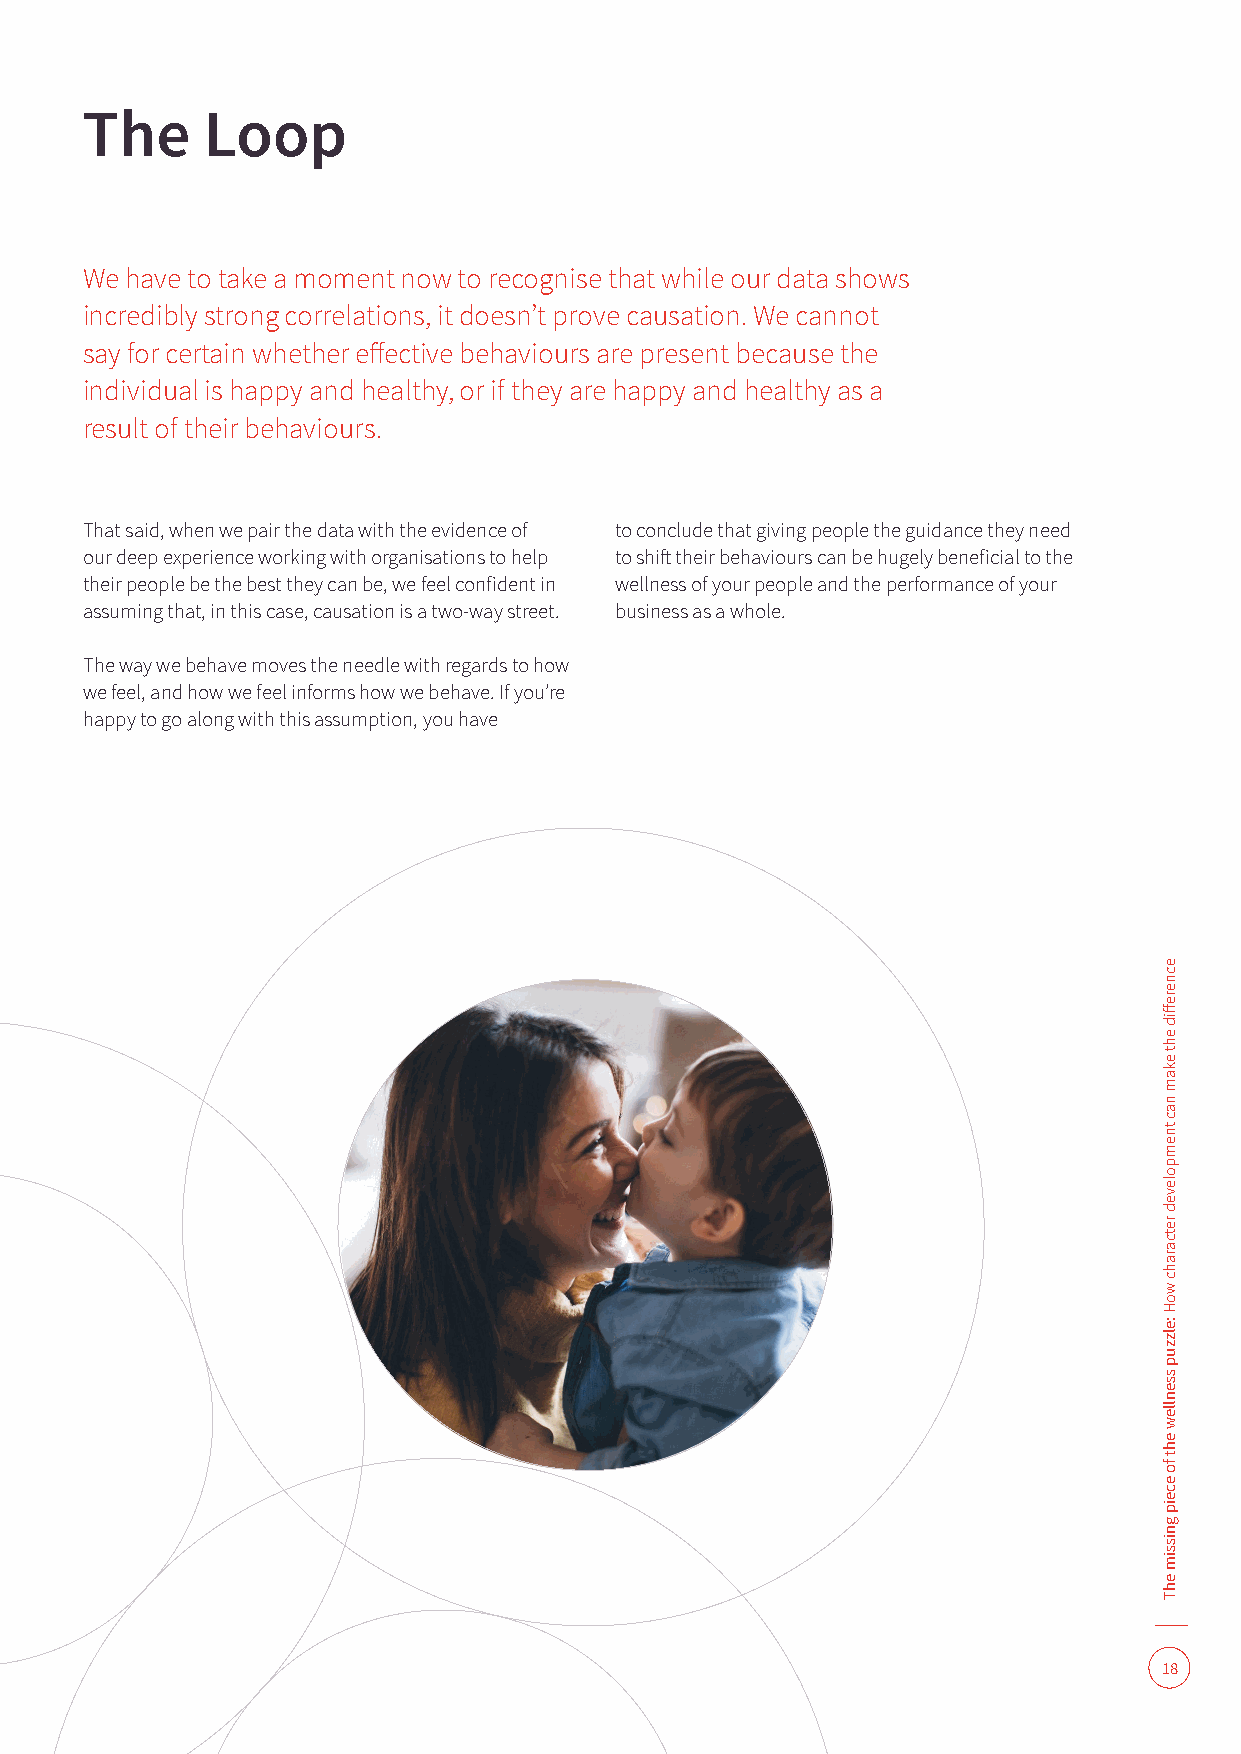
The     Loop
 We have to take a moment now to recognise that while our data shows
 incredibly strong correlations, it doesn’t prove causation. We cannot
 say for certain whether effective behaviours are present because the
 individual is happy and healthy, or if they are happy and healthy as a
 result of their behaviours.
 That said, when we pair the data with the evidence of to conclude that giving people the guidance they need
 our deep experience working with organisations to help to shift their behaviours can be hugely beneficial to the
 their people be the best they can be, we feel confident in wellness of your people and the performance of your
 assuming that, in this case, causation is a two-way street. business as a whole.
 The way we behave moves the needle with regards to how
 we feel, and how we feel informs how we behave. If you’re
 happy to go along with this assumption, you have
 18
 ecnereffid
 eht
 ekam
 nac
 tnempoleved
 retcarahc
 woH
 :elzzup
 ssenllew
 eht
 fo
 eceip
 gnissim
 ehT